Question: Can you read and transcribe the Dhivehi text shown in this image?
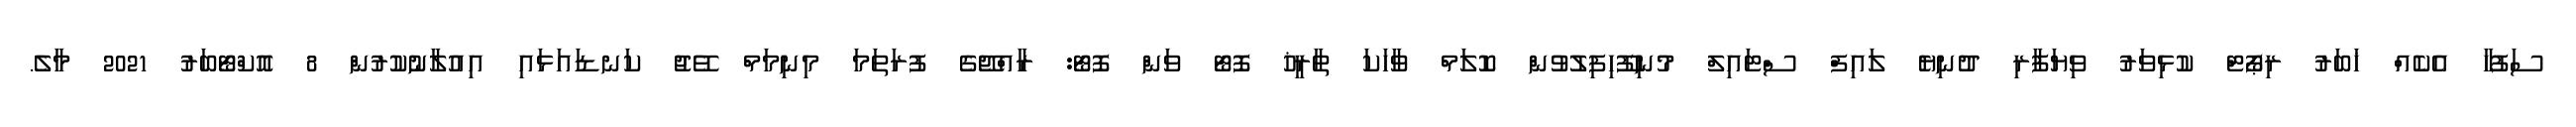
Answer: ސަފުހާ އެކެއް ޚަބަރު ރިޕޯޓް ކުޅިވަރު ވިޔަފާރި ދުނިޔެ ލައިފް ސްޓައިލް މުނިފޫހިފިލުވުން ކޮލަމް ވާހަކަ ތާރީޚު ފޮޓޯ ވަން ފޮޓޯ: ރާއްޖޭގެ ފުރަތަމަ މިނިމަމް ވޭޖު ކަނޑައަޅައި އިއުލާނުކުރުން 8 އޮކްޓޯބަރު 2021 މާލެ.